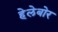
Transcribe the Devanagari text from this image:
हेलेबोर